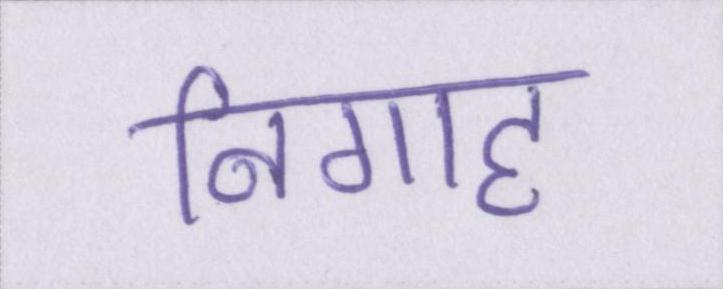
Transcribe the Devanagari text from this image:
निगाह